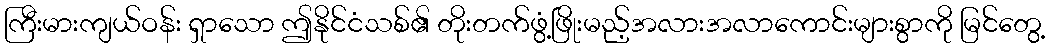
ကြီးမားကျယ်ဝန်း ရှာသော ဤနိုင်ငံသစ်၏ တိုးတက်ဖွံ့ဖြိုးမည့်အလားအလာကောင်းများစွာကို မြင်တွေ့